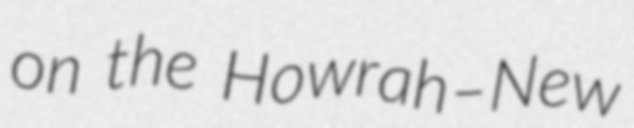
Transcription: on the Howrah–New